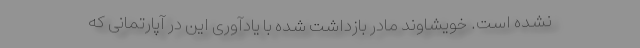
نشده است. خویشاوند مادر بازداشت شده با یادآوری این در آپارتمانی که